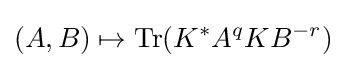
(A,B)\mapsto \operatorname {Tr} (K^{*}A^{q}KB^{-r})